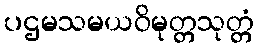
ပဌမသမယဝိမုတ္တသုတ္တံ